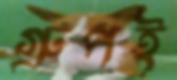
গ্রুপই